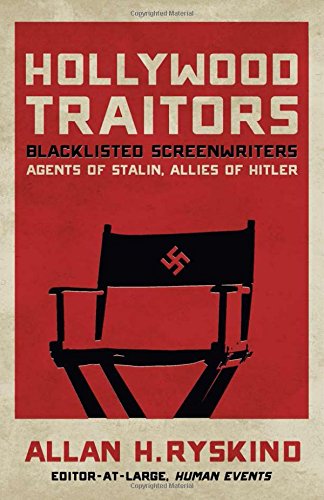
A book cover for Hollywood Traitors: Blacklisted Screenwriters EE Agents of Stalin, Allies of Hitler; Allan H. Ryskind; Engineering & Transportation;